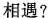
相遇?